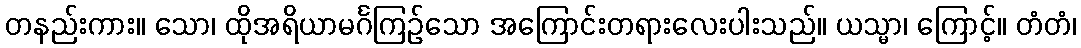
တနည်းကား။ သော၊ ထိုအရိယာမင်္ဂကြဉ်သော အကြောင်းတရားလေးပါးသည်။ ယသ္မာ၊ ကြောင့်။ တံတံ၊